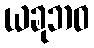
ယခုဘဝ